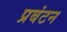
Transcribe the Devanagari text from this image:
प्रबंटन